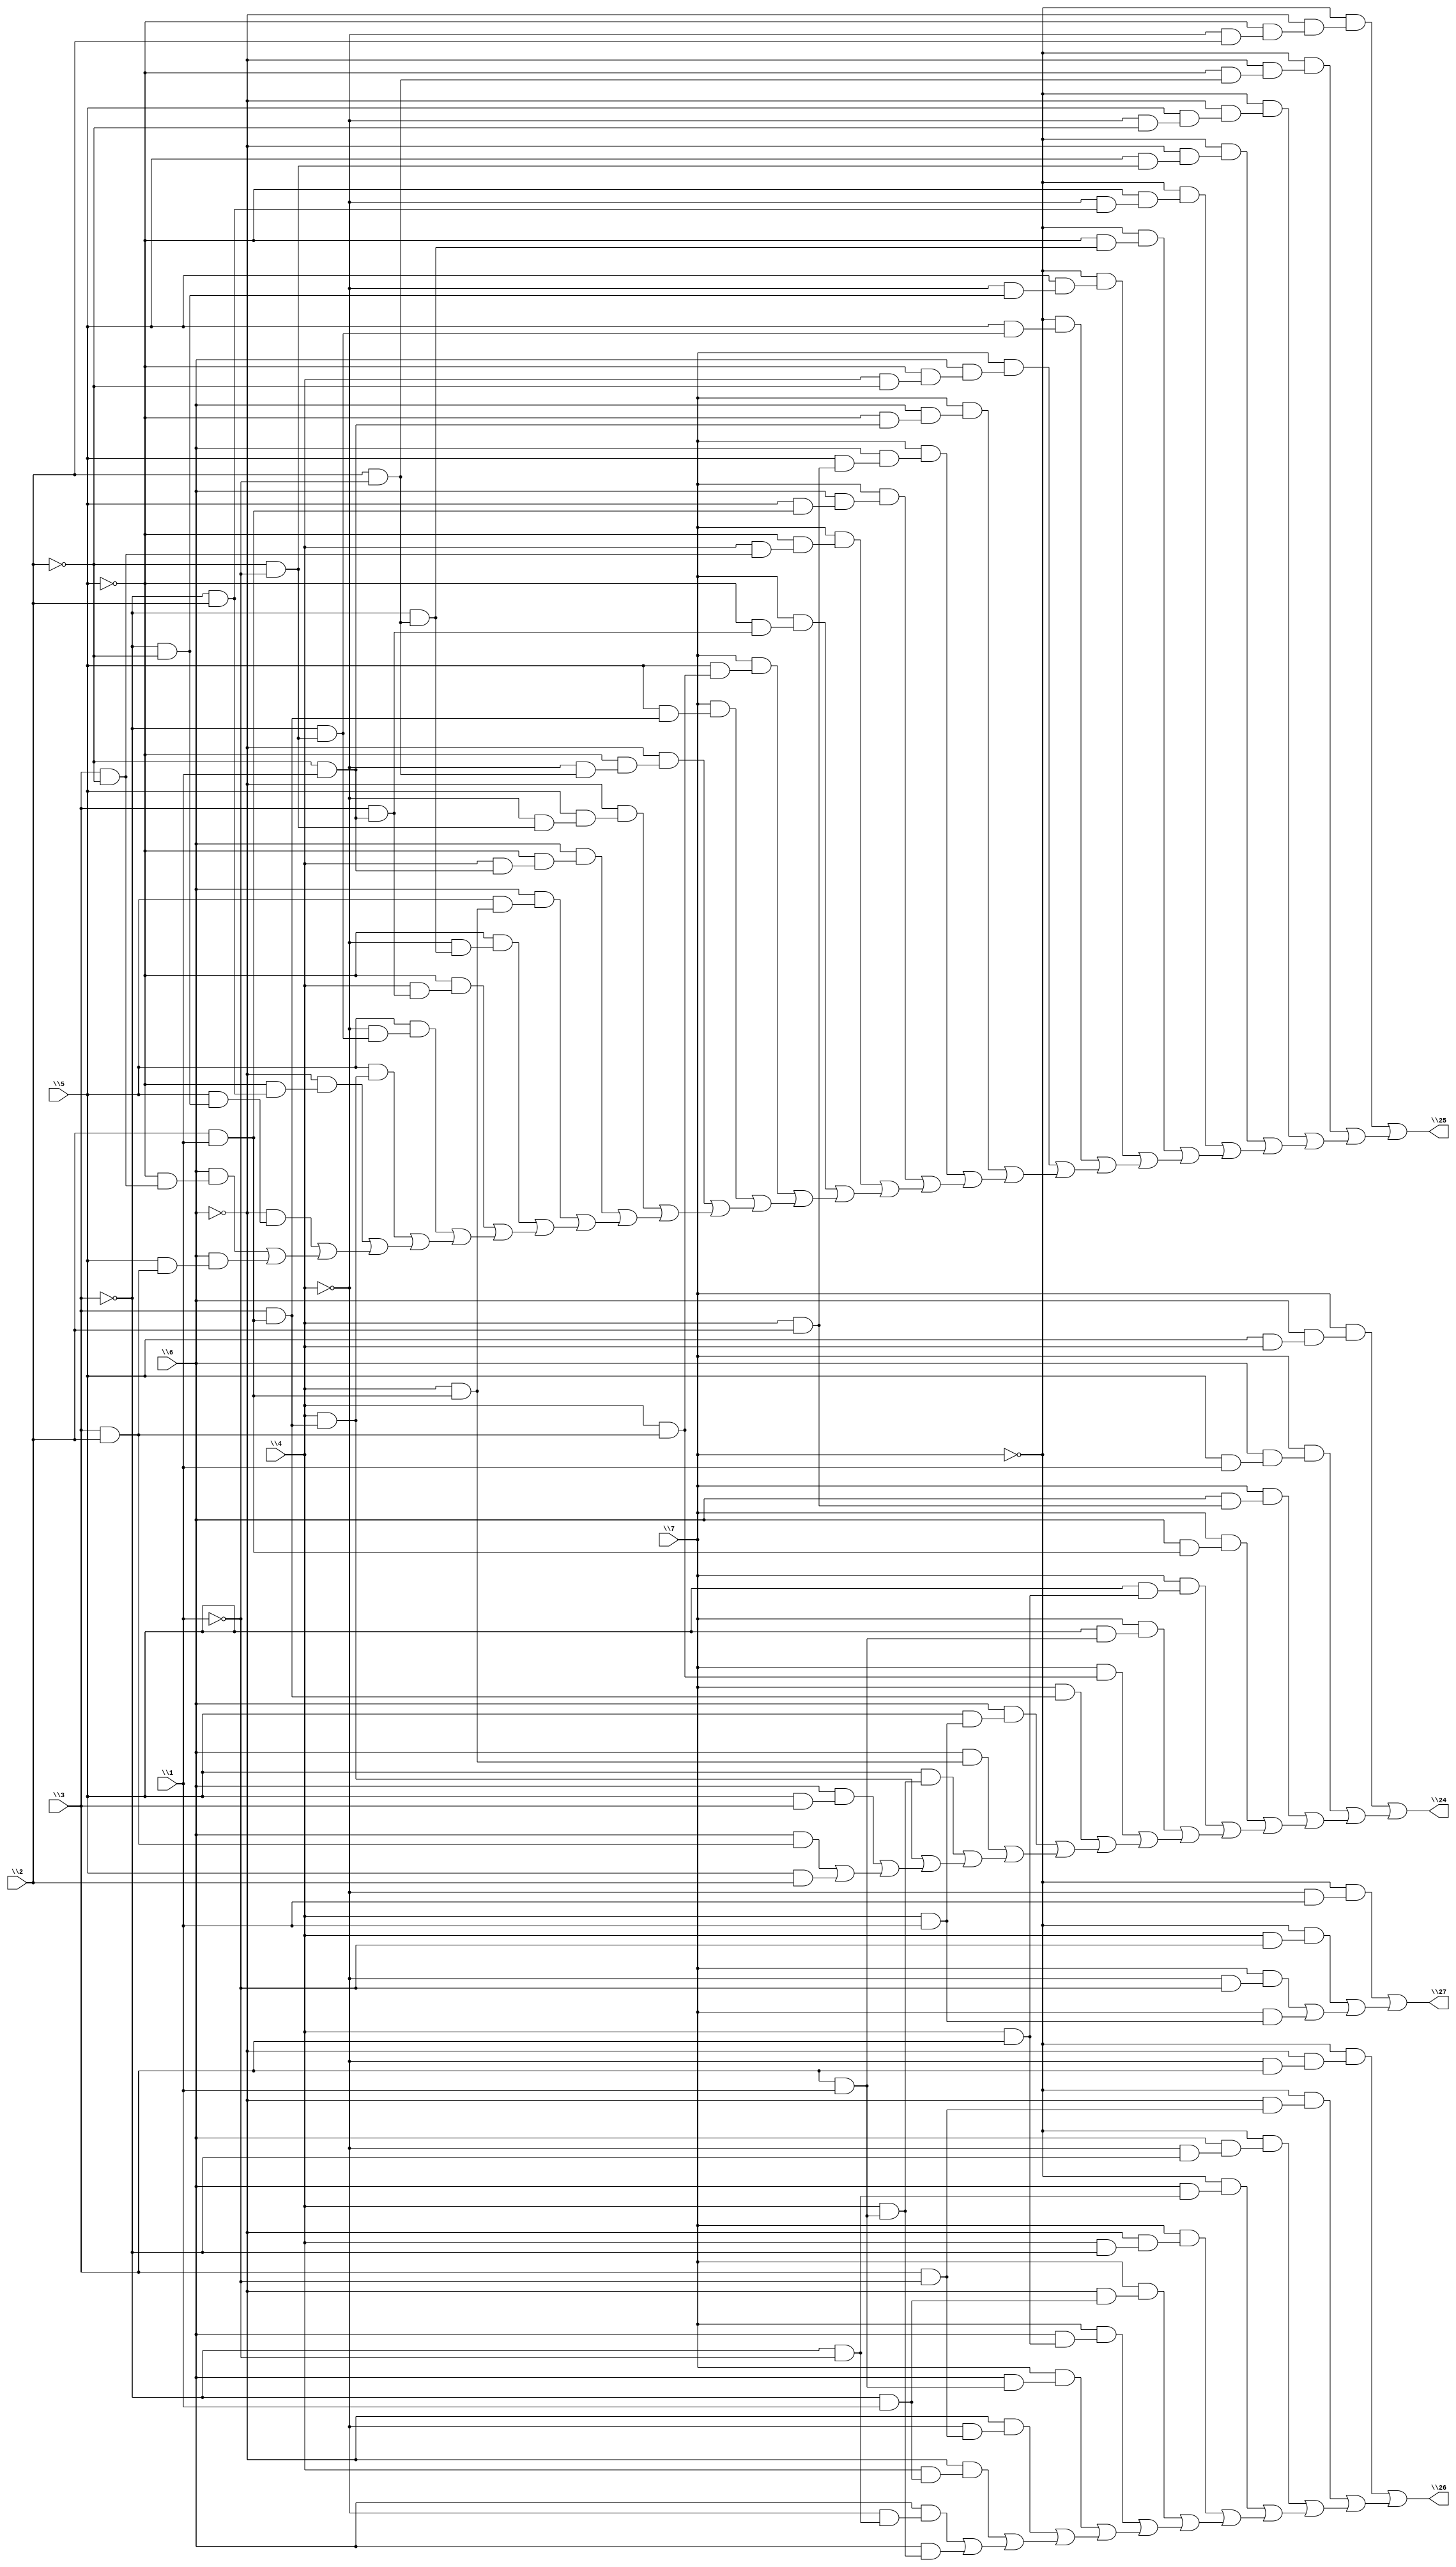
// IWLS benchmark module "z4ml" printed on Wed May 29 17:30:39 2002
module z4ml(\1 , \2 , \3 , \4 , \5 , \6 , \7 , \24 , \25 , \26 , \27 );
input
  \1 ,
  \2 ,
  \3 ,
  \4 ,
  \5 ,
  \6 ,
  \7 ;
output
  \24 ,
  \25 ,
  \26 ,
  \27 ;
wire
  \[2] ,
  \[3] ,
  \[4] ,
  \[1] ;
assign
  \[2]  = (~\7  & (~\6  & (~\5  & (~\4  & \2 )))) | ((~\7  & (~\6  & (~\5  & (\2  & ~\1 )))) | ((~\7  & (~\6  & (\5  & (~\4  & ~\2 )))) | ((~\7  & (~\6  & (\5  & (~\2  & ~\1 )))) | ((~\7  & (~\5  & (~\4  & (~\3  & \2 )))) | ((~\7  & (~\5  & (~\3  & (\2  & ~\1 )))) | ((~\7  & (\5  & (~\4  & (~\3  & ~\2 )))) | ((~\7  & (\5  & (~\3  & (~\2  & ~\1 )))) | ((\7  & (\6  & (~\5  & (\4  & ~\2 )))) | ((\7  & (\6  & (~\5  & (~\2  & \1 )))) | ((\7  & (\6  & (\5  & (\4  & \2 )))) | ((\7  & (\6  & (\5  & (\2  & \1 )))) | ((\7  & (~\5  & (\4  & (\3  & ~\2 )))) | ((\7  & (~\5  & (\3  & (~\2  & \1 )))) | ((\7  & (\5  & (\4  & (\3  & \2 )))) | ((\7  & (\5  & (\3  & (\2  & \1 )))) | ((~\6  & (~\5  & (~\4  & (\2  & ~\1 )))) | ((~\6  & (\5  & (~\4  & (~\2  & ~\1 )))) | ((\6  & (~\5  & (\4  & (~\2  & \1 )))) | ((\6  & (\5  & (\4  & (\2  & \1 )))) | ((~\5  & (~\4  & (~\3  & (\2  & ~\1 )))) | ((~\5  & (\4  & (\3  & (~\2  & \1 )))) | ((\5  & (~\4  & (~\3  & (~\2  & ~\1 )))) | ((\5  & (\4  & (\3  & (\2  & \1 )))) | ((~\6  & (~\5  & (~\3  & \2 ))) | ((~\6  & (\5  & (~\3  & ~\2 ))) | ((\6  & (~\5  & (\3  & ~\2 ))) | (\6  & (\5  & (\3  & \2 ))))))))))))))))))))))))))))),
  \[3]  = (~\7  & (~\6  & (~\4  & \3 ))) | ((~\7  & (~\6  & (\3  & ~\1 ))) | ((~\7  & (\6  & (~\4  & ~\3 ))) | ((~\7  & (\6  & (~\3  & ~\1 ))) | ((\7  & (~\6  & (\4  & ~\3 ))) | ((\7  & (~\6  & (~\3  & \1 ))) | ((\7  & (\6  & (\4  & \3 ))) | ((\7  & (\6  & (\3  & \1 ))) | ((~\6  & (~\4  & (\3  & ~\1 ))) | ((~\6  & (\4  & (~\3  & \1 ))) | ((\6  & (~\4  & (~\3  & ~\1 ))) | (\6  & (\4  & (\3  & \1 ))))))))))))),
  \[4]  = (~\7  & (~\4  & \1 )) | ((~\7  & (\4  & ~\1 )) | ((\7  & (~\4  & ~\1 )) | (\7  & (\4  & \1 )))),
  \24  = \[1] ,
  \25  = \[2] ,
  \26  = \[3] ,
  \27  = \[4] ,
  \[1]  = (\7  & (\6  & (\5  & \4 ))) | ((\7  & (\6  & (\5  & \1 ))) | ((\7  & (\6  & (\4  & \2 ))) | ((\7  & (\6  & (\2  & \1 ))) | ((\7  & (\5  & (\4  & \3 ))) | ((\7  & (\5  & (\3  & \1 ))) | ((\7  & (\4  & (\3  & \2 ))) | ((\7  & (\3  & (\2  & \1 ))) | ((\6  & (\5  & (\4  & \1 ))) | ((\6  & (\4  & (\2  & \1 ))) | ((\5  & (\4  & (\3  & \1 ))) | ((\4  & (\3  & (\2  & \1 ))) | ((\6  & (\5  & \3 )) | ((\6  & (\3  & \2 )) | (\5  & \2 ))))))))))))));
endmodule